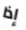
إذا